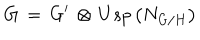
G \, = \, G ^ { \prime } \, \otimes \, U s p \left( N _ { G / H } \right)